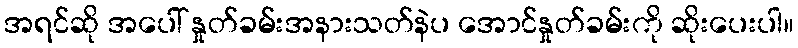
အရင်ဆို အပေါ် နှုတ်ခမ်းအနားသတ်နဲပ အောင်နှုတ်ခမ်းကို ဆိုးပေးပါ။